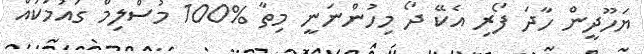
ޔަހޫދީން ހާދަ ފޯރި އެކޭ ދޯ މިހުންނަނީ މިތާ %100 މުސްލިމް ގައުމަކައް